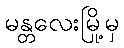
မန္တလေးမြို့မှ